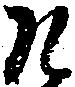
そ